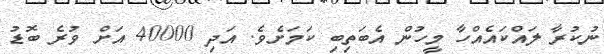
ނުކުރާ ލައްކައެއްހާ މީހުން އެބަތިބި ކަމަށެވެ. އަދި 40000 އަށް ވުރެ ބޮޑު